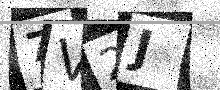
Text: 7V2J